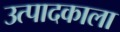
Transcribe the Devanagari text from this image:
उत्पादकाला